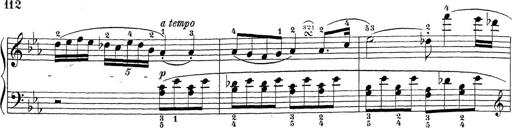
Title: Sonatina Album
Composer: Louis KÃ¶hler